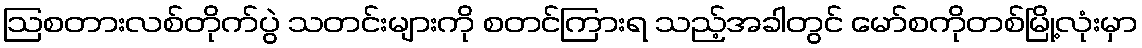
ဩစတားလစ်တိုက်ပွဲ သတင်းများကို စတင်ကြားရ သည့်အခါတွင် မော်စကိုတစ်မြို့လုံးမှာ